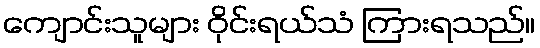
ကျောင်းသူများ ဝိုင်းရယ်သံ ကြားရသည်။